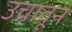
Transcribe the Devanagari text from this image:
उचावून